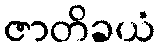
ဇာတိခယံ